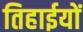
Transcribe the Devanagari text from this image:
तिहाईयों